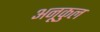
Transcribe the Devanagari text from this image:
अनूकुल